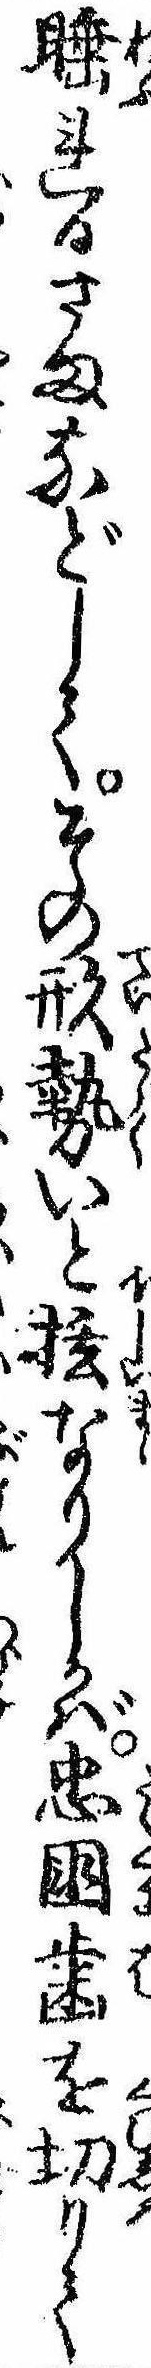
睡れるさまなどしてその形勢いとなりしかば忠国歯を切りて